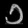
Digit: ၁